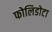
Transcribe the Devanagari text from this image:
फोलिडोटा